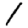
Digit: 1